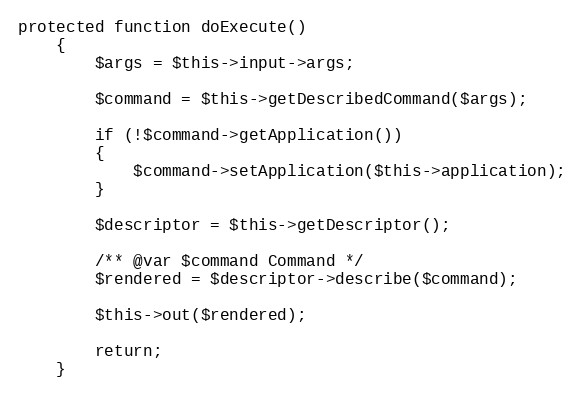
Language: PHP
protected function doExecute()
	{
		$args = $this->input->args;

		$command = $this->getDescribedCommand($args);

		if (!$command->getApplication())
		{
			$command->setApplication($this->application);
		}

		$descriptor = $this->getDescriptor();

		/** @var $command Command */
		$rendered = $descriptor->describe($command);

		$this->out($rendered);

		return;
	}